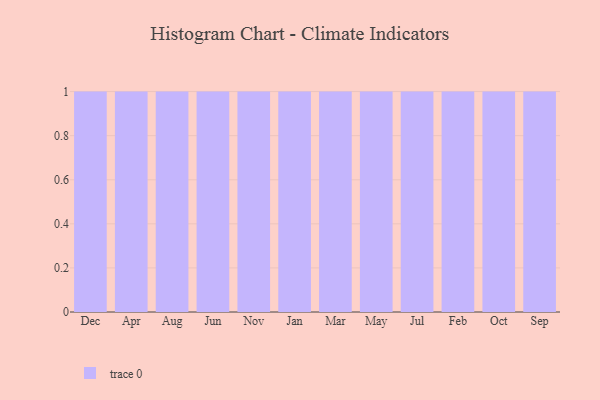
{"axis": {"x": "Month", "y": "Production Output"}, "legend": [""], "data": [{"x": "Dec", "y": 62, "type": ""}, {"x": "Apr", "y": 65, "type": ""}, {"x": "Aug", "y": 74, "type": ""}, {"x": "Jun", "y": 64, "type": ""}, {"x": "Nov", "y": 72, "type": ""}, {"x": "Jan", "y": 54, "type": ""}, {"x": "Mar", "y": 33, "type": ""}, {"x": "May", "y": 95, "type": ""}, {"x": "Jul", "y": 82, "type": ""}, {"x": "Feb", "y": 49, "type": ""}, {"x": "Oct", "y": 73, "type": ""}, {"x": "Sep", "y": 37, "type": ""}]}